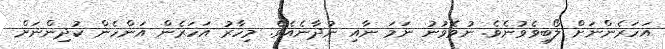
އަހަރެންނަށް ލޯބިވެވުނެވެ. ނުވެވުނު ނަމަ ނާއި ނުދާނެއެވެ. މިހާރު އަހަރެން އަންހެން ކުދިންނަށް